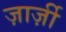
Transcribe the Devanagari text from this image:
ज़ार्ज़ी